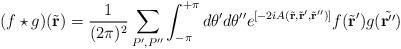
LaTeX: \begin{align*}(f \star g)(\tilde{\bf r}) = \frac{1}{(2\pi )^2}\sum_{P', P''}\int_{-\pi}^{+\pi} d\theta 'd \theta '' e^{[-2iA(\tilde{\bf r}, \tilde{\bf r} ', \tilde{\bf r} '')]}f(\tilde{\bf r}') g (\tilde{\bf r''})\end{align*}